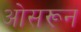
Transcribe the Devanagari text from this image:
ओसरून